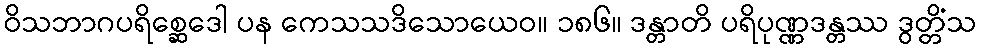
ဝိသဘာဂပရိစ္ဆေဒေါ ပန ကေသသဒိသောယေဝ။ ၁၈၆။ ဒန္တာတိ ပရိပုဏ္ဏဒန္တဿ ဒွတ္တိံသ